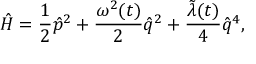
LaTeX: \hat { H } = \frac { 1 } { 2 } \hat { p } ^ { 2 } + \frac { { \omega } ^ { 2 } ( t ) } { 2 } \hat { q } ^ { 2 } + \frac { \tilde { \lambda } ( t ) } { 4 } \hat { q } ^ { 4 } ,